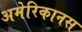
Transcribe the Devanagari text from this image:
अमेरिकानस